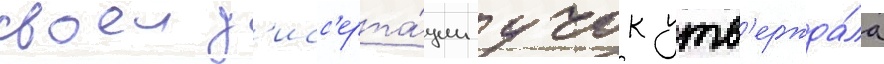
своеи д'исс'ерта́ции учок утв'ержда́ла